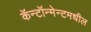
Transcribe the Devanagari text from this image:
कॅन्टॉन्मेन्टमधील